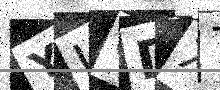
Text: YIGDX7